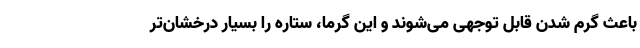
باعث گرم شدن قابل توجهی می‌شوند و این گرما، ستاره را بسیار درخشان‌تر